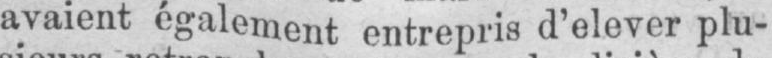
avaient également entrepris d’élever plu-